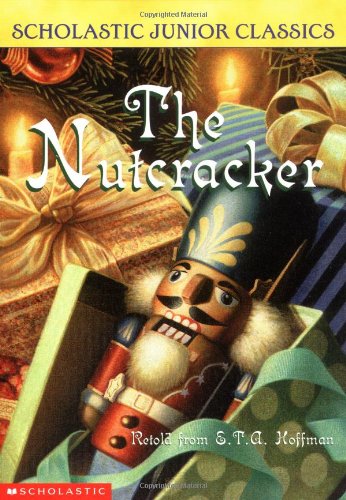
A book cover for The Nutcracker (Scholastic Junior Classics); E.T.A. Hoffmann; Children's Books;